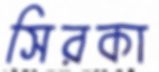
সিরকা